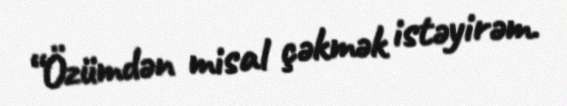
“Özümdən misal çəkmək istəyirəm.